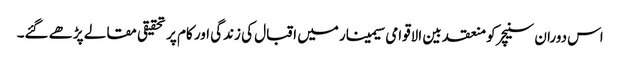
اس دوران سنیچر کو منعقد بین الاقوامی سیمینار میں اقبال کی زندگی اور کام پر تحقیقی مقالے پڑھے ‏گئے۔